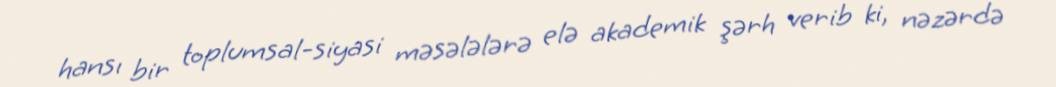
hansı bir toplumsal-siyasi məsələlərə elə akademik şərh verib ki, nəzərdə